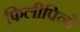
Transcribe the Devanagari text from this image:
फिलीपिनो